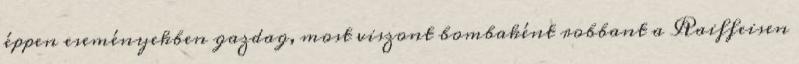
éppen eseményekben gazdag, most viszont bombaként robbant a Raiffeisen